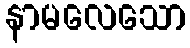
နာမလေသော